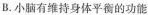
B.小脑有维持身体平衡的功能